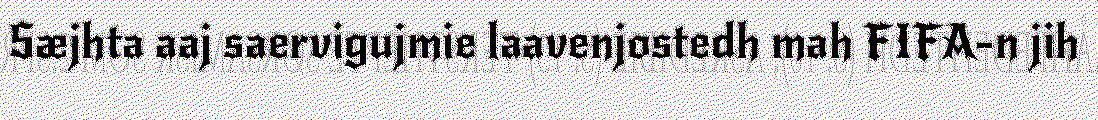
Sæjhta aaj saervigujmie laavenjostedh mah FIFA-n jih